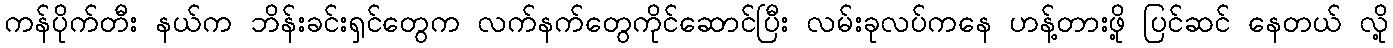
ကန်ပိုက်တီး နယ်က ဘိန်းခင်းရှင်တွေက လက်နက်တွေကိုင်ဆောင်ပြီး လမ်းခုလပ်ကနေ ဟန့်တားဖို့ ပြင်ဆင် နေတယ် လို့